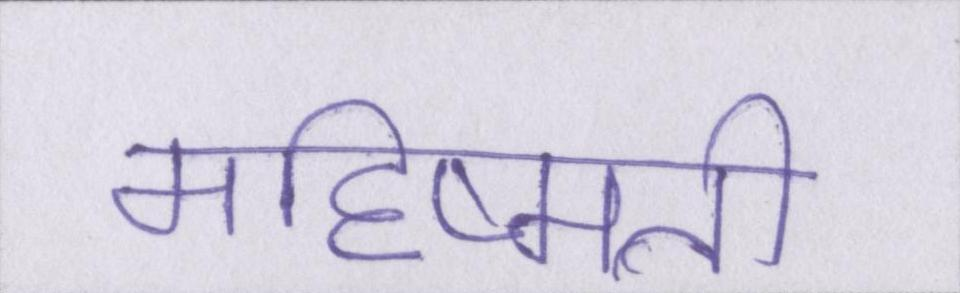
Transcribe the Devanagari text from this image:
महिष्मती